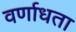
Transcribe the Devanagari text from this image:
वर्णाधता